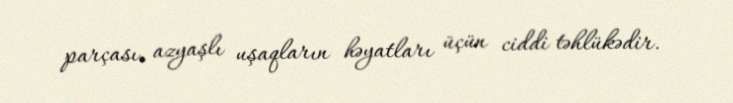
parçası, azyaşlı uşaqların həyatları üçün ciddi təhlükədir.